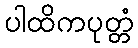
ပါထိကပုတ္တံ